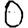
Digit: 0